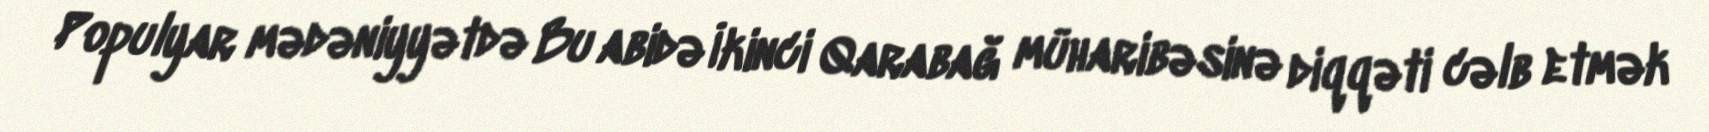
Populyar mədəniyyətdə Bu abidə İkinci Qarabağ müharibəsinə diqqəti cəlb etmək